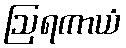
ဩရကာယံ